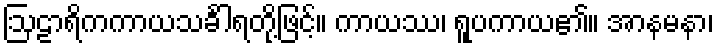
ဩဠာရိကကာယသင်္ခါရတို့ဖြင့်။ ကာယဿ၊ ရူပကာယ၏။ အာနမနာ၊